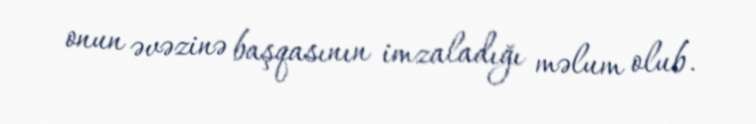
onun əvəzinə başqasının imzaladığı məlum olub.